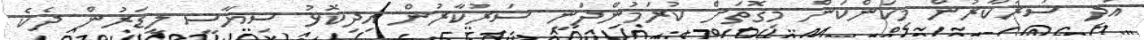
އަދި ސަރުކާރުން މިކަންކަން މިގޮތަށް ކުރަމުންދަނީ ސަރުކާރުން އިދިކޮޅު ސިޔާސީ ލީޑަރުން ދެކެ